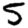
Digit: 5